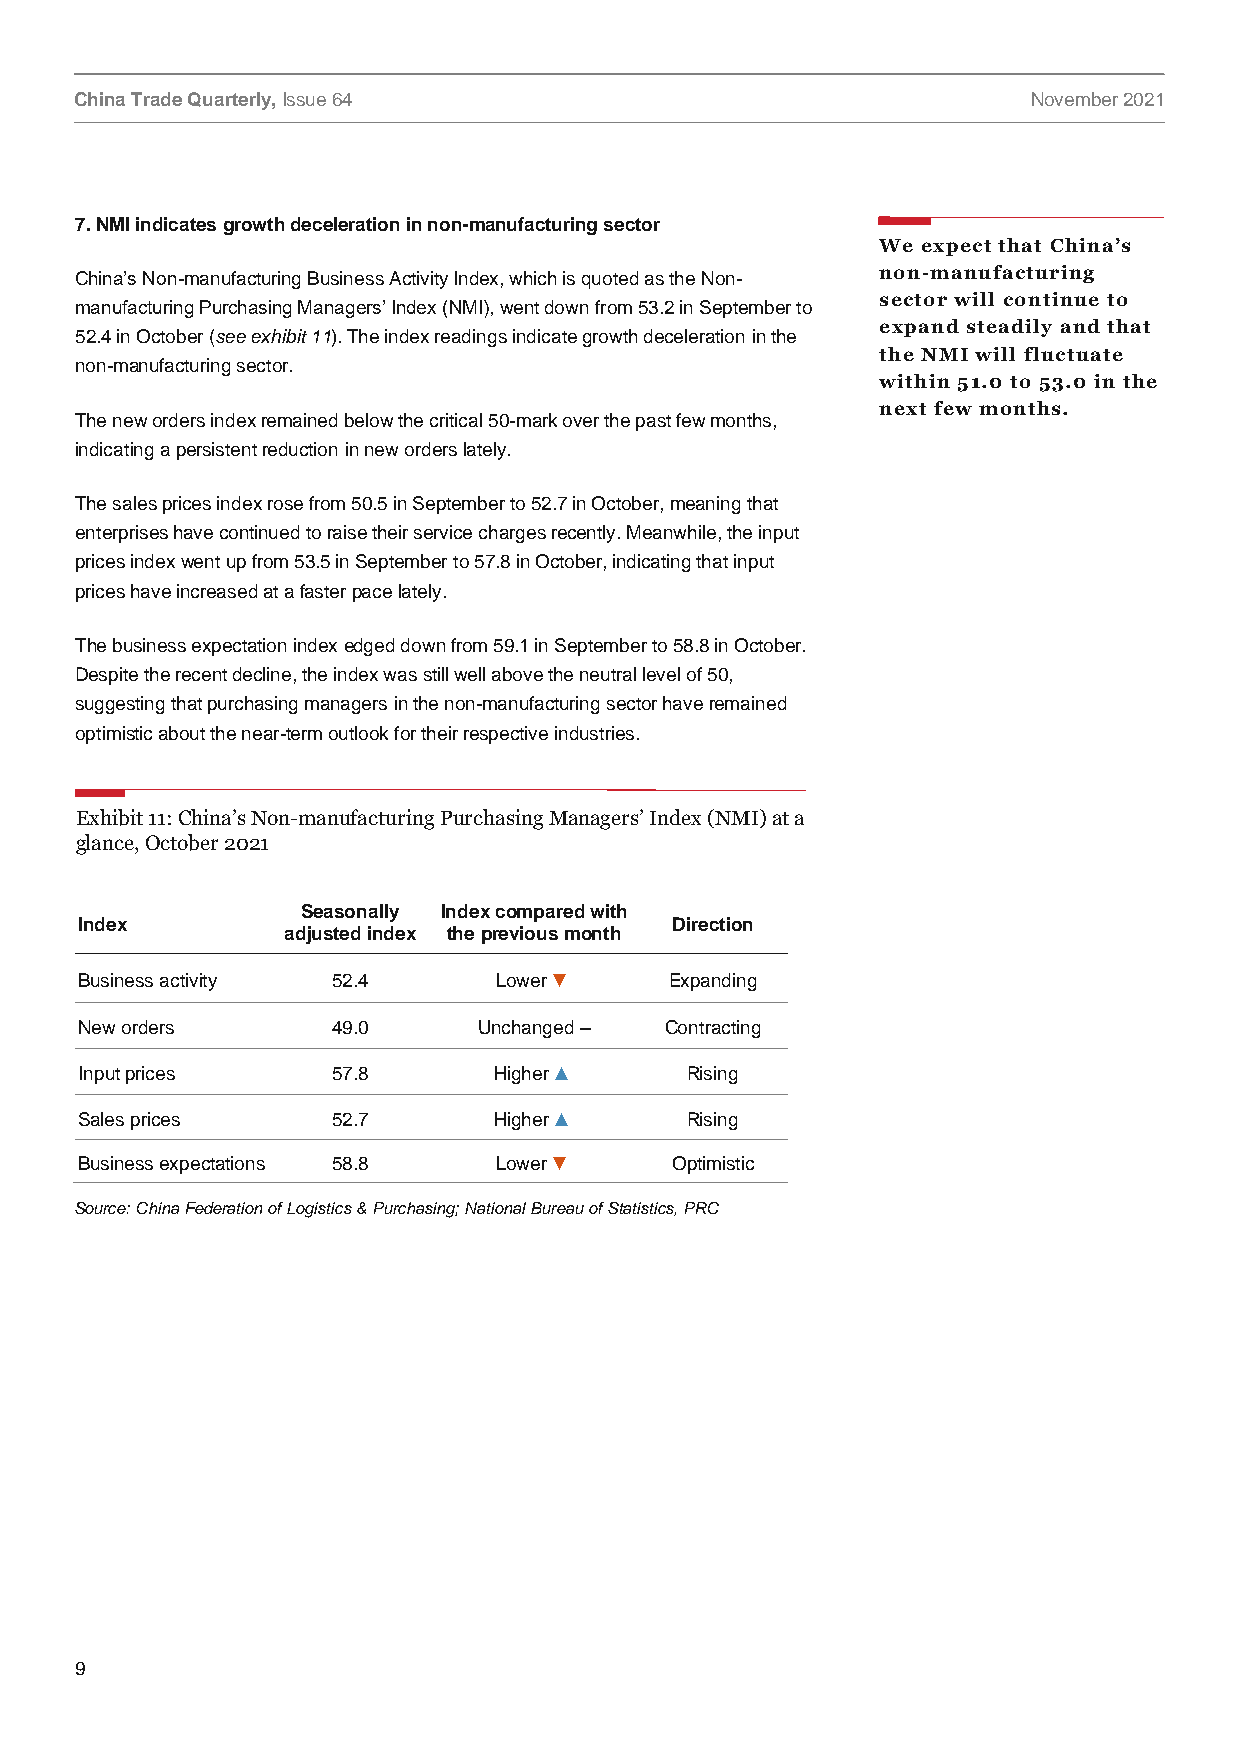
China Trade Quarterly, Issue 64                                November 2021
 7. NMI indicates growth deceleration in non-manufacturing sector
 We expect that China’s
 China’s Non-manufacturing Business Activity Index, which is quoted as the Non- non-manufacturing
 sector will continue to
 manufacturing Purchasing Managers’ Index (NMI), went down from 53.2 in September to
 expand steadily and that
 52.4 in October (see exhibit 11). The index readings indicate growth deceleration in the
 the NMI will fluctuate
 non-manufacturing sector.
 within 51.0 to 53.0 in the
 next few months.
 The new orders index remained below the critical 50-mark over the past few months,
 indicating a persistent reduction in new orders lately.
 The sales prices index rose from 50.5 in September to 52.7 in October, meaning that
 enterprises have continued to raise their service charges recently. Meanwhile, the input
 prices index went up from 53.5 in September to 57.8 in October, indicating that input
 prices have increased at a faster pace lately.
 The business expectation index edged down from 59.1 in September to 58.8 in October.
 Despite the recent decline, the index was still well above the neutral level of 50,
 suggesting that purchasing managers in the non-manufacturing sector have remained
 optimistic about the near-term outlook for their respective industries.
 Exhibit 11: China’s Non-manufacturing Purchasing Managers’ Index (NMI) at a
 glance, October 2021
 Seasonally Index compared with
 Index                                  Direction
 adjusted index the previous month
 Business activity 52.4      Lower ▼    Expanding
 New orders       49.0      Unchanged – Contracting
 Input prices     57.8       Higher ▲    Rising
 Sales prices     52.7       Higher ▲    Rising
 Business expectations 58.8  Lower ▼    Optimistic
 Source: China Federation of Logistics & Purchasing; National Bureau of Statistics, PRC
 9